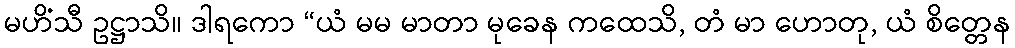
မဟိံသီ ဥဋ္ဌာသိ။ ဒါရကော “ယံ မမ မာတာ မုခေန ကထေသိ, တံ မာ ဟောတု, ယံ စိတ္တေန